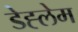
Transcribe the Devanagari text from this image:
डेह्लेम